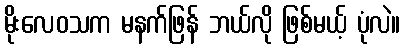
မိုးလေဝသက မနက်ဖြန် ဘယ်လို ဖြစ်မယ့် ပုံလဲ။